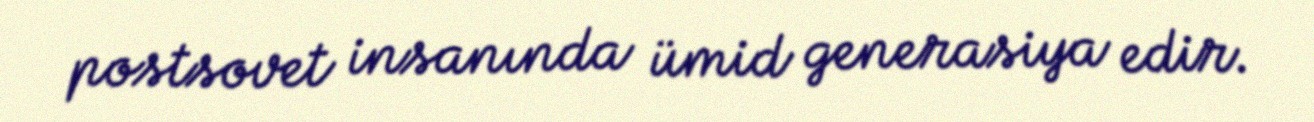
postsovet insanında ümid generasiya edir.